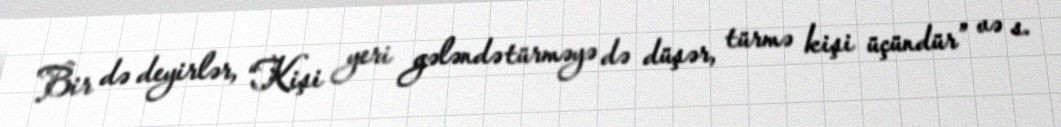
Bir də deyirlər, “Kişi yeri gələndə türməyə də düşər, türmə kişi üçündür” və s.